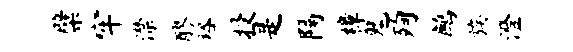
檗牢潸醪裕投是隔樟鬼殉鹧族澄